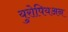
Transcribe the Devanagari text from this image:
युरोपियअन